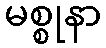
မစ္စုနာ